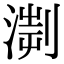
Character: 𣹨